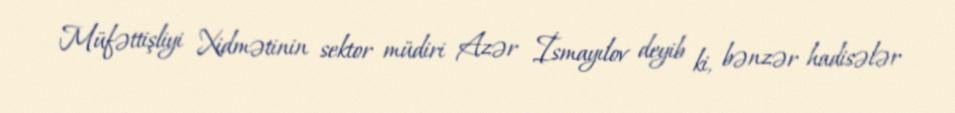
Müfəttişliyi Xidmətinin sektor müdiri Azər İsmayılov deyib ki, bənzər hadisələr